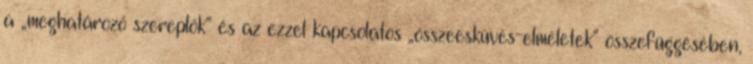
a „meghatározó szereplők” és az ezzel kapcsolatos „összeesküvés-elméletek” összefüggésében,